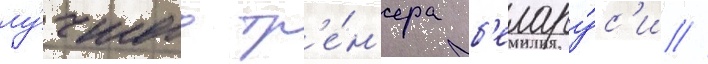
лу́чшего тр'е́н'ера б'елару́с'и //